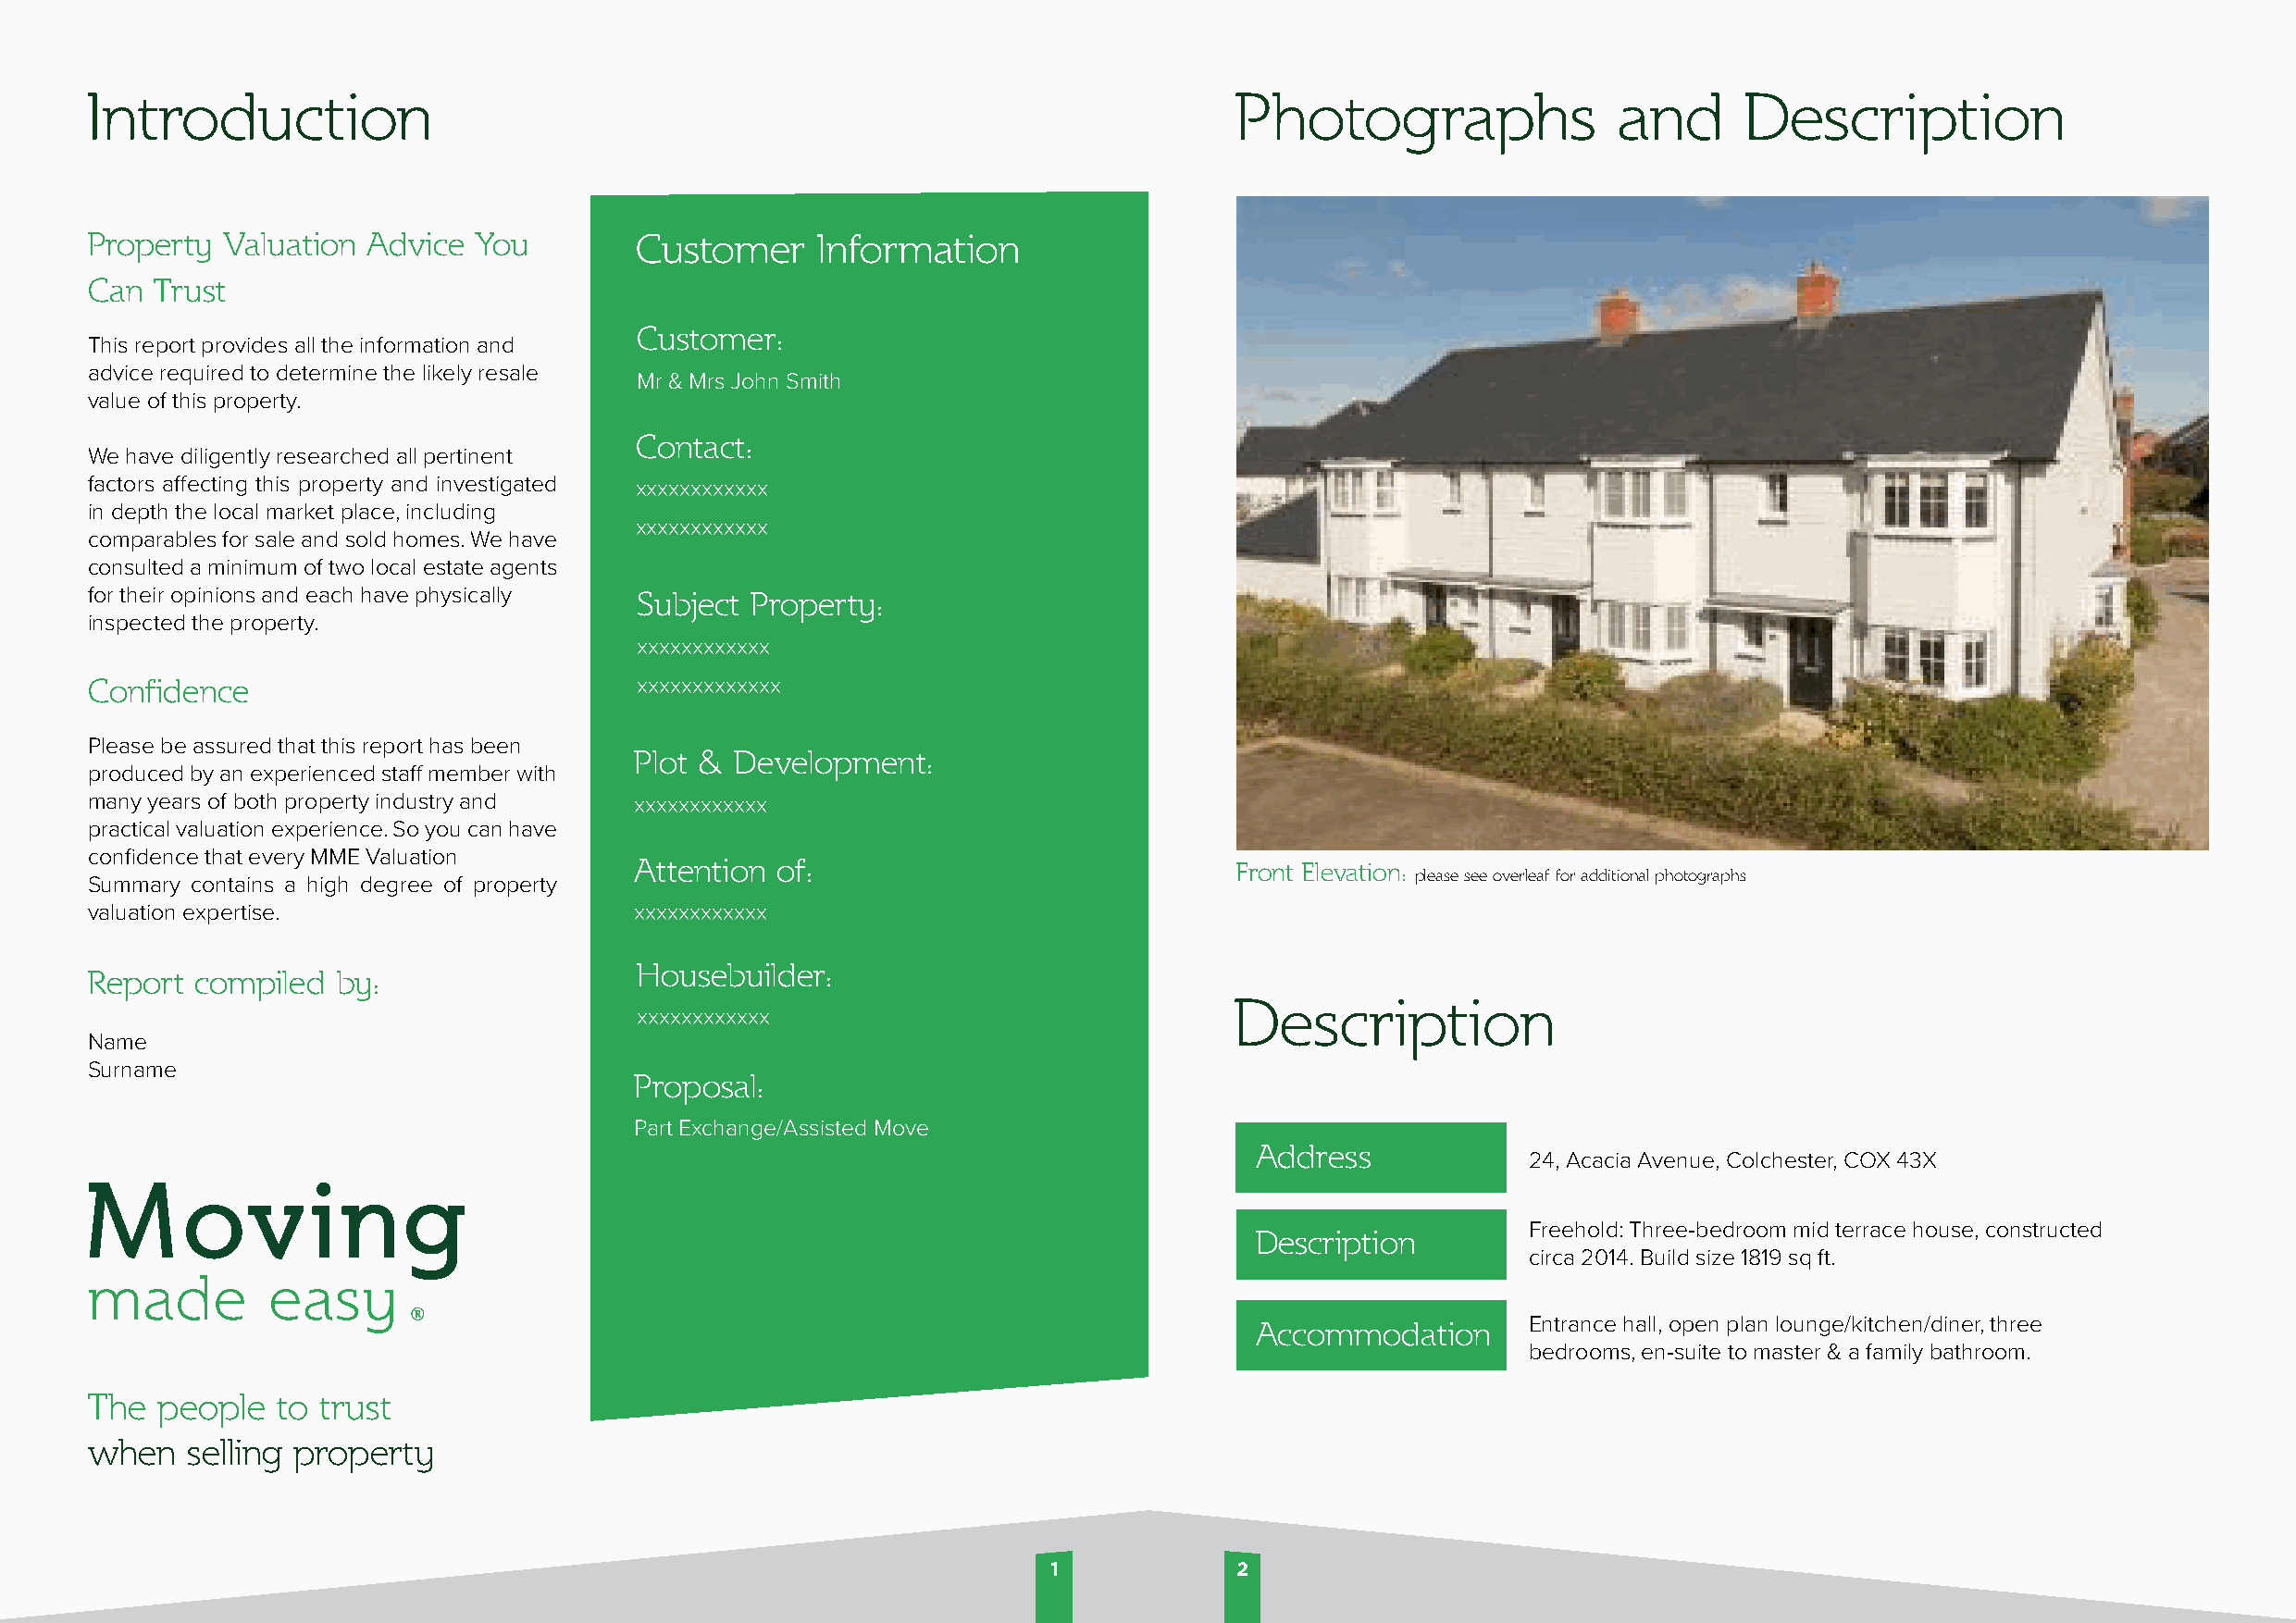
Introduction                                                                      Photographs                 and      Description
 Property  Valuation Advice  You        Customer      Information
 Can  Trust
 Customer:
 This report provides all the information and
 advice required to determine the likely resale
 Mr & Mrs John Smith
 value of this property.
 Contact:
 We have diligently researched all pertinent
 factors affecting this property and investigated xxxxxxxxxxxx
 in depth the local market place, including
 xxxxxxxxxxxx
 comparables for sale and sold homes. We have
 consulted a minimum of two local estate agents
 for their opinions and each have physically Subject Property:
 inspected the property.
 xxxxxxxxxxxx
 Confidence                              xxxxxxxxxxxxx
 Please be assured that this report has been
 Plot &  Development:
 produced by an experienced staff member with
 many years of both property industry and xxxxxxxxxxxx
 practical valuation experience. So you can have
 confidence that every MME Valuation
 Attention  of:                             Front Elevation:
 please see overleaf for additional photographs
 Summary contains a high degree of property
 valuation expertise.                   xxxxxxxxxxxx
 Housebuilder:
 Report  compiled  by:
 Description
 xxxxxxxxxxxx
 Name
 Surname
 Proposal:
 Part Exchange/Assisted Move
 Address
 24, Acacia Avenue, Colchester, COX 43X
 Freehold: Three-bedroom mid terrace house, constructed
 Description
 circa 2014. Build size 1819 sq ft.
 Accommodation      Entrance hall, open plan lounge/kitchen/diner, three
 bedrooms, en-suite to master & a family bathroom.
 The  people   to trust
 when   selling property
 1            2